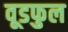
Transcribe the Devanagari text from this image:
वूडफुल